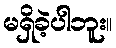
မရှိခဲ့ပါဘူး။